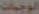
الوجبات